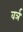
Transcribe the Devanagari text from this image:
वर्ञ